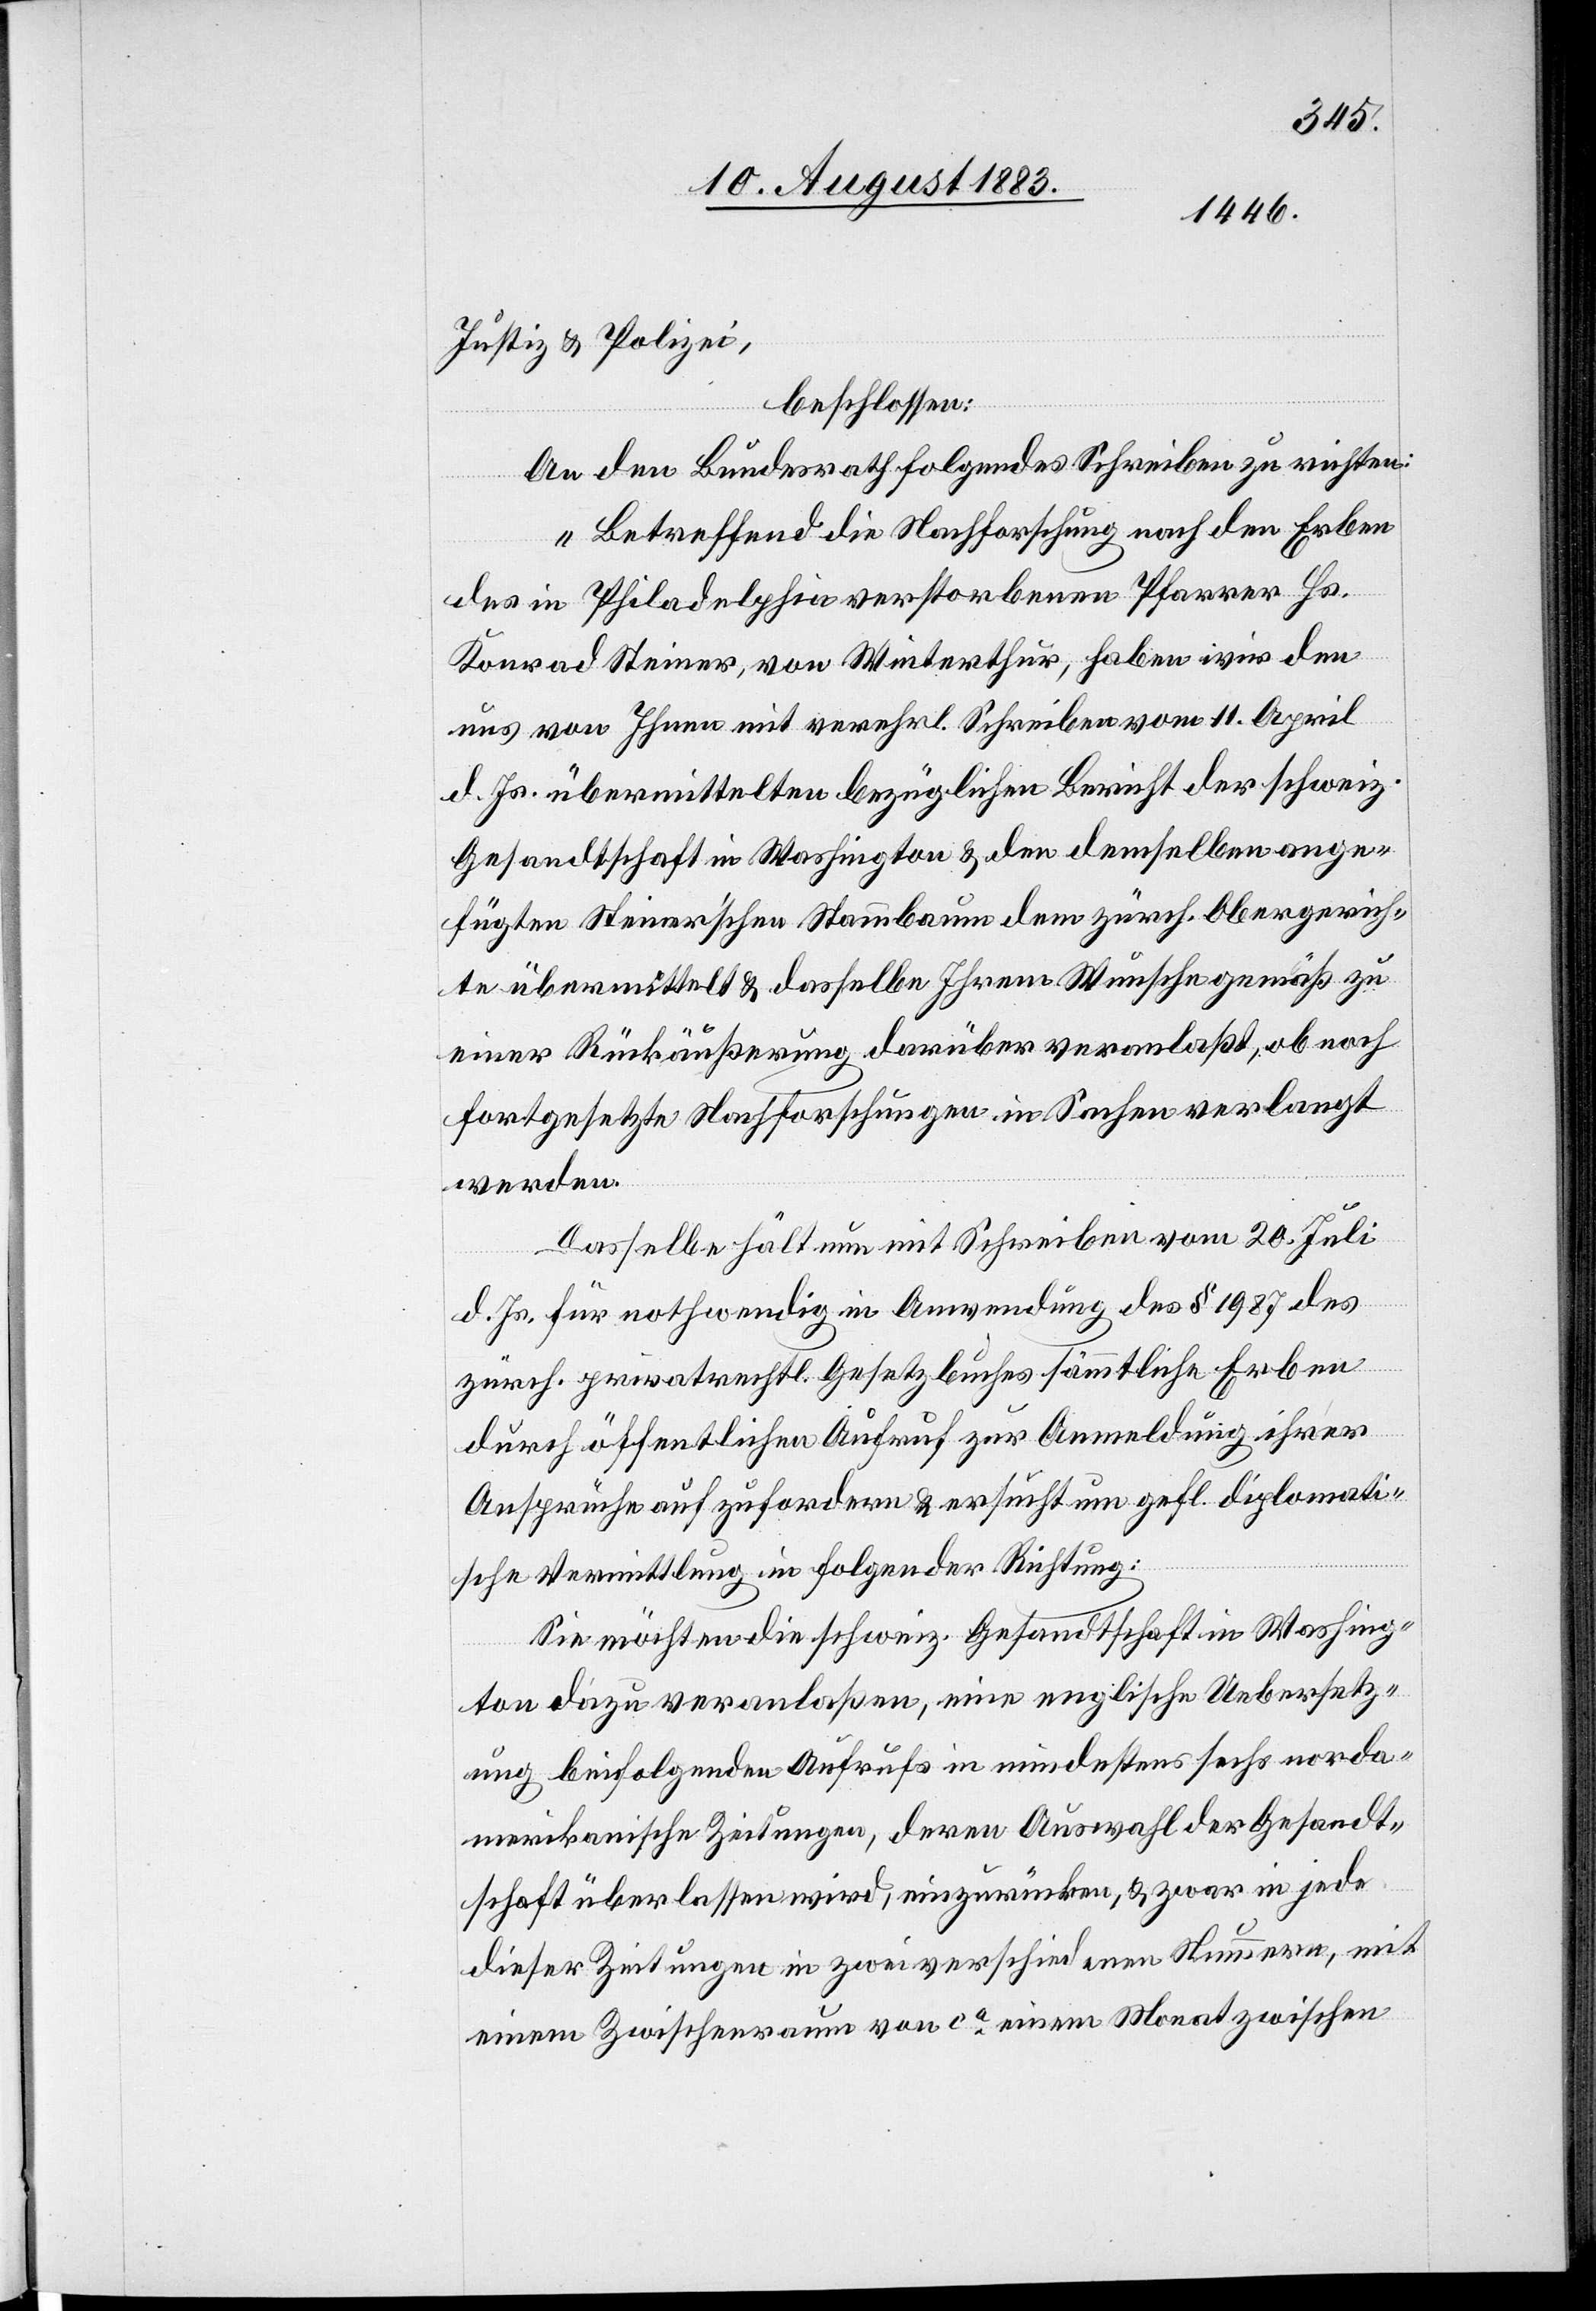
Justiz & Polizei,
beschlossen:
An den Bundesrath folgendes Schreiben zu richten:
„Betreffend die Nachforschung nach den Erben
des in Philadelphia verstorbenen Pfarrer Hs.
Konrad Steiner, von Winterthur, haben wir den
uns von Ihnen mit verehrl. Schreiben vom 11. April
d. Js. übermittelten bezüglichen Bericht der schweiz.
Gesandtschaft in Washington & den demselben ange¬
fügten Steiner’schen Stammbaum dem zürch. Obergerich¬
te übermittelt & dasselbe Ihrem Wunsche gemäß zu
einer Rückäußerung darüber veranlaßt, ob noch
fortgesetzte Nachforschungen in Sachen verlangt
werden.
Dasselbe hält nun mit Schreiben vom 20. Juli
d. Js. für nothwendig in Anwendung des § 1987 des
zürch. privatrechtl. Gesetzbuches sämmtliche Erben
durch öffentlichen Aufruf zur Anmeldung ihrer
Ansprüche aufzufordern & ersuchen gefl. diplomati¬
sche Vermittlung in folgender Richtung:
Sie möchten die schweiz. Gesandtschaft in Washing¬
ton dazu veranlaßen, eine englische Uebersetz¬
ung beifolgenden Aufrufs in mindestens sechs norda¬
merikanischen Zeitungen, deren Auswahl der Gesandt¬
schaft überlassen wird, einzurücken, & zwar in jede
dieser Zeitungen in zwei verschiedenen Nummern, mit
einem Zwischenraum von ca einem Monat zwischen